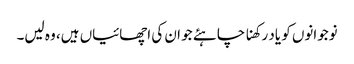
نوجوانوں کو یاد رکھنا چاہئے جو ان کی اچھائیاں ہیں، وہ لیں۔